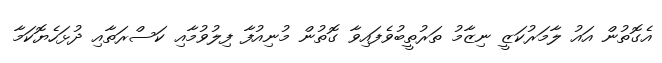
އެގޮތުން އައު ލާމަރުކަޒީ ނިޒާމު ތަރުތީބުވެފައިވާ ގޮތުން މުނިއުފާ ފިލުވުމާއި ކަސްރަތާއި ދުޅަހެޔޮކަމާ